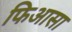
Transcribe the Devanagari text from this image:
फिआसा